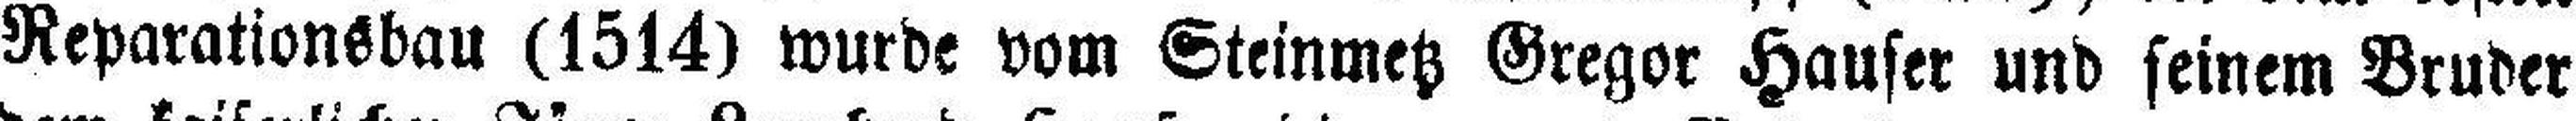
Reparationsbau (1514) wurde vom Steinmetz Gregor Hauser und seinem Bruder